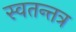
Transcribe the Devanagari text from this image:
स्वतन्तत्र